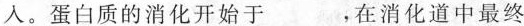
人。蛋白质的消化开始于___。在消化道中最终